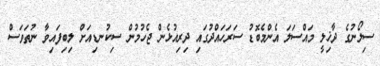
ސިލޯނުގެ ދާޚިލީ މައްސަލަ އެންމެބޮޑު ސަރަހައްދުގައި ދިރިއުޅެން ޖެހުމުން ސިކުނޑިއަށް ލިބިފައިވާ ނުތަވަސް